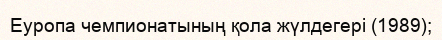
Еуропа чемпионатының қола жүлдегері (1989);